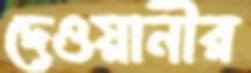
দেওয়ানীর